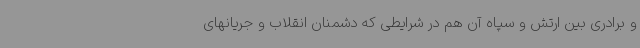
و برادری بین ارتش و سپاه آن هم در شرایطی که دشمنان انقلاب و جریانهای